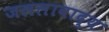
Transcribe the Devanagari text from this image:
जललावाद्य